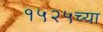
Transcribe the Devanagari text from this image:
१५२५च्या